Madras plague regulations and rules for the inspection of inward and outward bound vessels - Volume 1
Disease focus: Plague
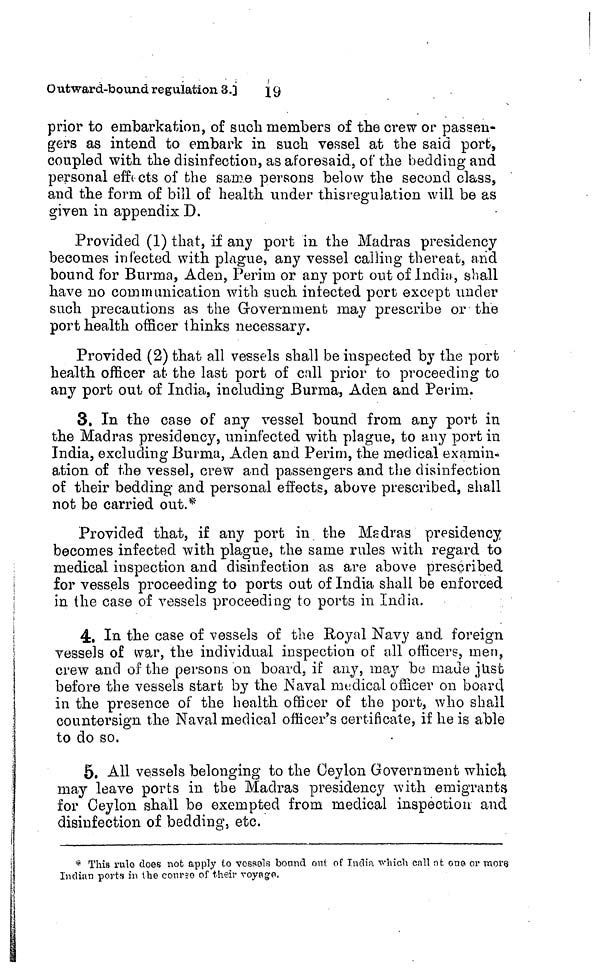
19
Outward-bound regulation 3.]
prior to embarkation, of such members of the crew or passen-
gers as intend to embark in such vessel at the said port,
coupled with the disinfection, as aforesaid, of the bedding and
personal effects of the same persons below the second
class
and the form of bill of health under thisregulation will be as
given in appendix D.
Provided (1) that, if any port in the Madras presidency
becomes infected with plague, any vessel calling thereat, arid
bound for Burma, Aden, Perim or any port out of India, shall
have no communication with such infected port except under
such precautions as the Government may prescribe or the
port health officer thinks necessary.
Provided (2) that all vessels shall be inspected by the port
health officer at the last port of call prior to proceeding to
any port out of India, including Burma, Aden and Perim.
3. In the case of any vessel bound from any port in
the Madras presidency, uninfected with plague, to any port in
India, excluding Burma, Aden and Perim, the medical examin-
ation of the vessel, crew and passengers and the disinfection
of their bedding and personal effects, above prescribed, shall
not be carried out.*
Provided that, if any port in the Madras presidency
becomes infected with plague, the same rules with regard to
medical inspection and disinfection as are above prescribed
for vessels proceeding to ports out of India shall be enforced
in the case of vessels proceeding to ports in India.
4. In the case of vessels of the Royal Navy and foreign
vessels of war, the individual inspection of all officers, men,
crew and of the persons on board, if any, may be made just
before the vessels start by the Naval medical officer on board
in the presence of the health officer of the port, who shall
countersign the Naval medical officer's certificate, if he is able
to do so.
5. All vessels belonging to the Ceylon Government which
may leave ports in the Madras presidency with emigrants
for Ceylon shall be exempted from medical inspection and
disinfection of bedding, etc.
* This rule does not apply to vessels bound out of India vhich call n t one or mors
Indian ports in the corneo of their voyage,